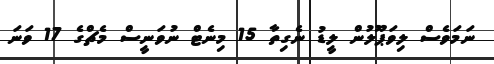
ނަމަވެސް ލިވަޕޫލުން ލީޑު ނެގިތާ 15 މިނެޓް ނުވަނީސް މެޗްގެ 17 ވަނަ